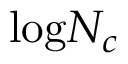
\mathrm { l o g } N _ { c }